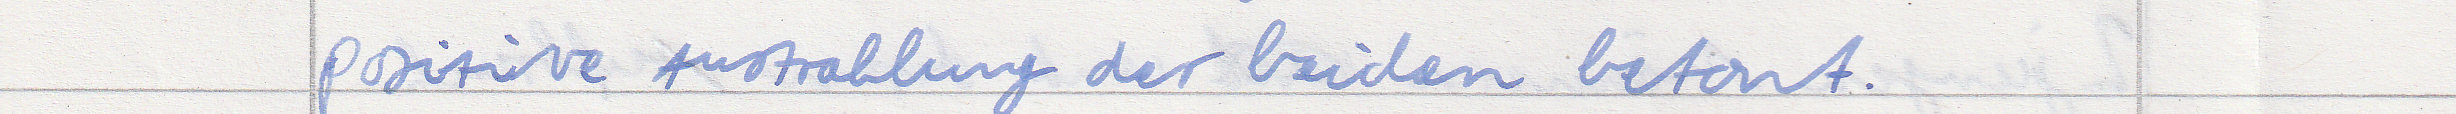
positive Austrahlung der beiden betont.